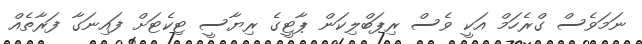
ނަމަވެސް ގްރެހަމް އަކީ ވެސް ރިޕަބްލިކަން ޕާޓީގެ ރިޔާސީ ޓިކެޓަށް ފައިނަގާ ފަރާތެއް